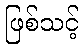
ဖြစ်သင့်